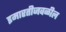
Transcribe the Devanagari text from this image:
इमारतीजवळील